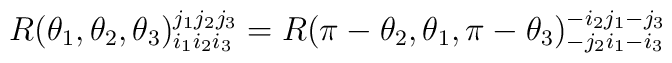
R(\theta_1,\theta_2,\theta_3)^{j_1j_2j_3}_{i_1i_2i_3}=R(\pi-\theta_2,\theta_1,\pi-\theta_3)^{-i_2j_1-j_3}_{-j_2i_1-i_3}